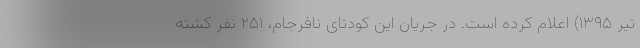
تیر ۱۳۹۵) اعلام کرده است. در جریان این کودتای نافرجام، ۲۵۱ نفر کشته